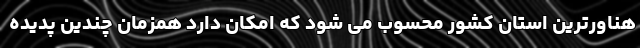
هناورترین استان کشور محسوب می شود که امکان دارد همزمان چندین پدیده